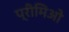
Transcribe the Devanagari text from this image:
प्रीमिओ